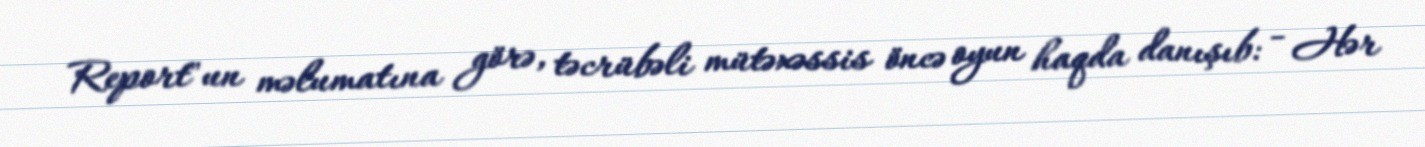
Report"un məlumatına görə, təcrübəli mütəxəssis öncə oyun haqda danışıb: - Hər